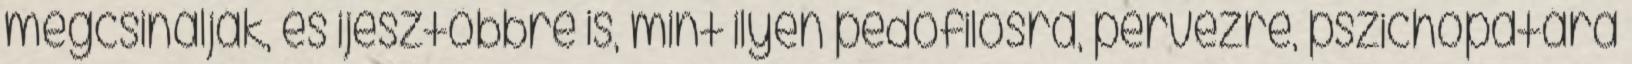
megcsinálják, és ijesztőbbre is, mint ilyen pedofilosra, pervezre, pszichopatára